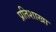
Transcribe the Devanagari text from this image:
प्रतिशाखा